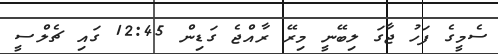
ސެމީގެ ފަހު ޖާގަ ލިބޭނީ މިރޭ ރާއްޖެ ގަޑިން 12:45 ގައި ޗެލްސީ